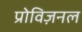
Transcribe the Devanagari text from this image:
प्रोविज़नल